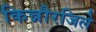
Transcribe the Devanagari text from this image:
किन्नौरजिले